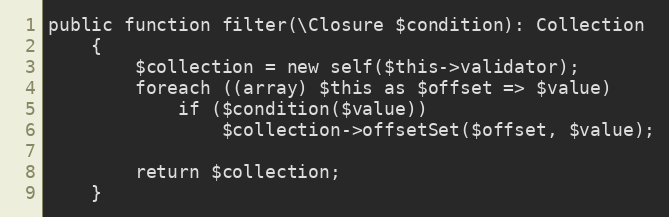
Language: PHP
public function filter(\Closure $condition): Collection
	{
		$collection = new self($this->validator);
		foreach ((array) $this as $offset => $value)
			if ($condition($value))
				$collection->offsetSet($offset, $value);

		return $collection;
	}